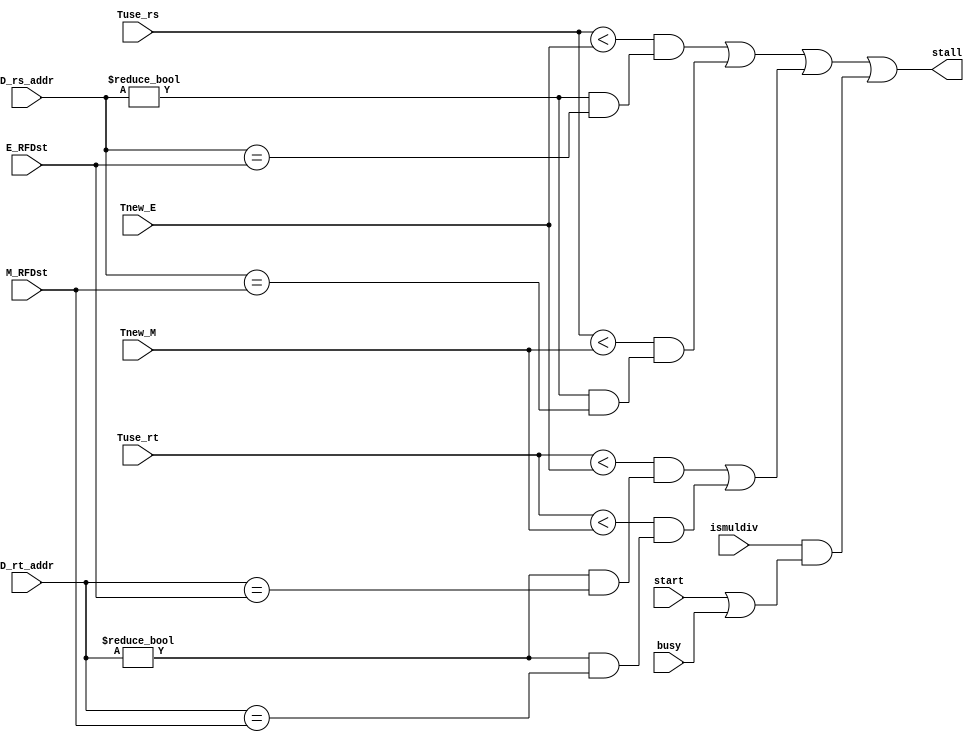
`timescale 1ns / 1ps
//////////////////////////////////////////////////////////////////////////////////
// Company: 
// Engineer: 
// 
// Design Name: 
// Module Name:    Stall 
// Project Name: 
// Target Devices: 
// Tool versions: 
// Description: 
//
// Dependencies: 
//
// Revision: 
// Revision 0.01 - File Created
// Additional Comments: 
//
//////////////////////////////////////////////////////////////////////////////////
module Stall(
    input [1:0] Tuse_rs,
    input [1:0] Tuse_rt,
    input [1:0] Tnew_E,
    input [1:0] Tnew_M,
    input [4:0] D_rs_addr,
    input [4:0] D_rt_addr,
	 input [4:0] E_RFDst,
    input [4:0] M_RFDst,
	 input start,
	 input busy,
	 input ismuldiv,
    output stall
    );
	 
	 wire stall_rs_e,stall_rs_m;
	 wire stall_rt_e,stall_rt_m;
	 wire stall_rs,stall_rt;
	 wire stall_md;
	 
	 assign stall_rs_e = (Tuse_rs < Tnew_E) && (D_rs_addr!=0 && D_rs_addr==E_RFDst);
	 assign stall_rs_m = (Tuse_rs < Tnew_M) && (D_rs_addr!=0 && D_rs_addr==M_RFDst);
	 
	 assign stall_rt_e = (Tuse_rt < Tnew_E) && (D_rt_addr!=0 && D_rt_addr==E_RFDst);
	 assign stall_rt_m = (Tuse_rt < Tnew_M) && (D_rt_addr!=0 && D_rt_addr==M_RFDst);

    assign stall_rs = stall_rs_e || stall_rs_m;
	 assign stall_rt = stall_rt_e || stall_rt_m;
	 
	 assign stall_md = ismuldiv && (start | busy);
	 
	 assign stall = stall_rs || stall_rt || stall_md;

endmodule